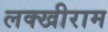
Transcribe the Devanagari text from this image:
लक्खीराम